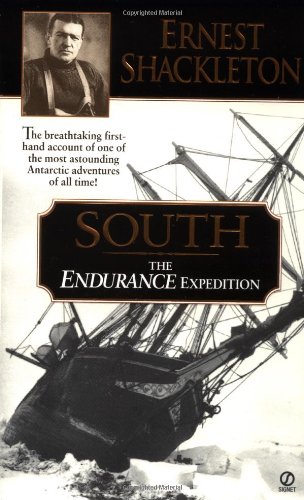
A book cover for South: the Endurance Expedition; Ernest Shackleton; History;